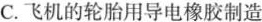
C.飞机的轮胎用导电橡胶制造